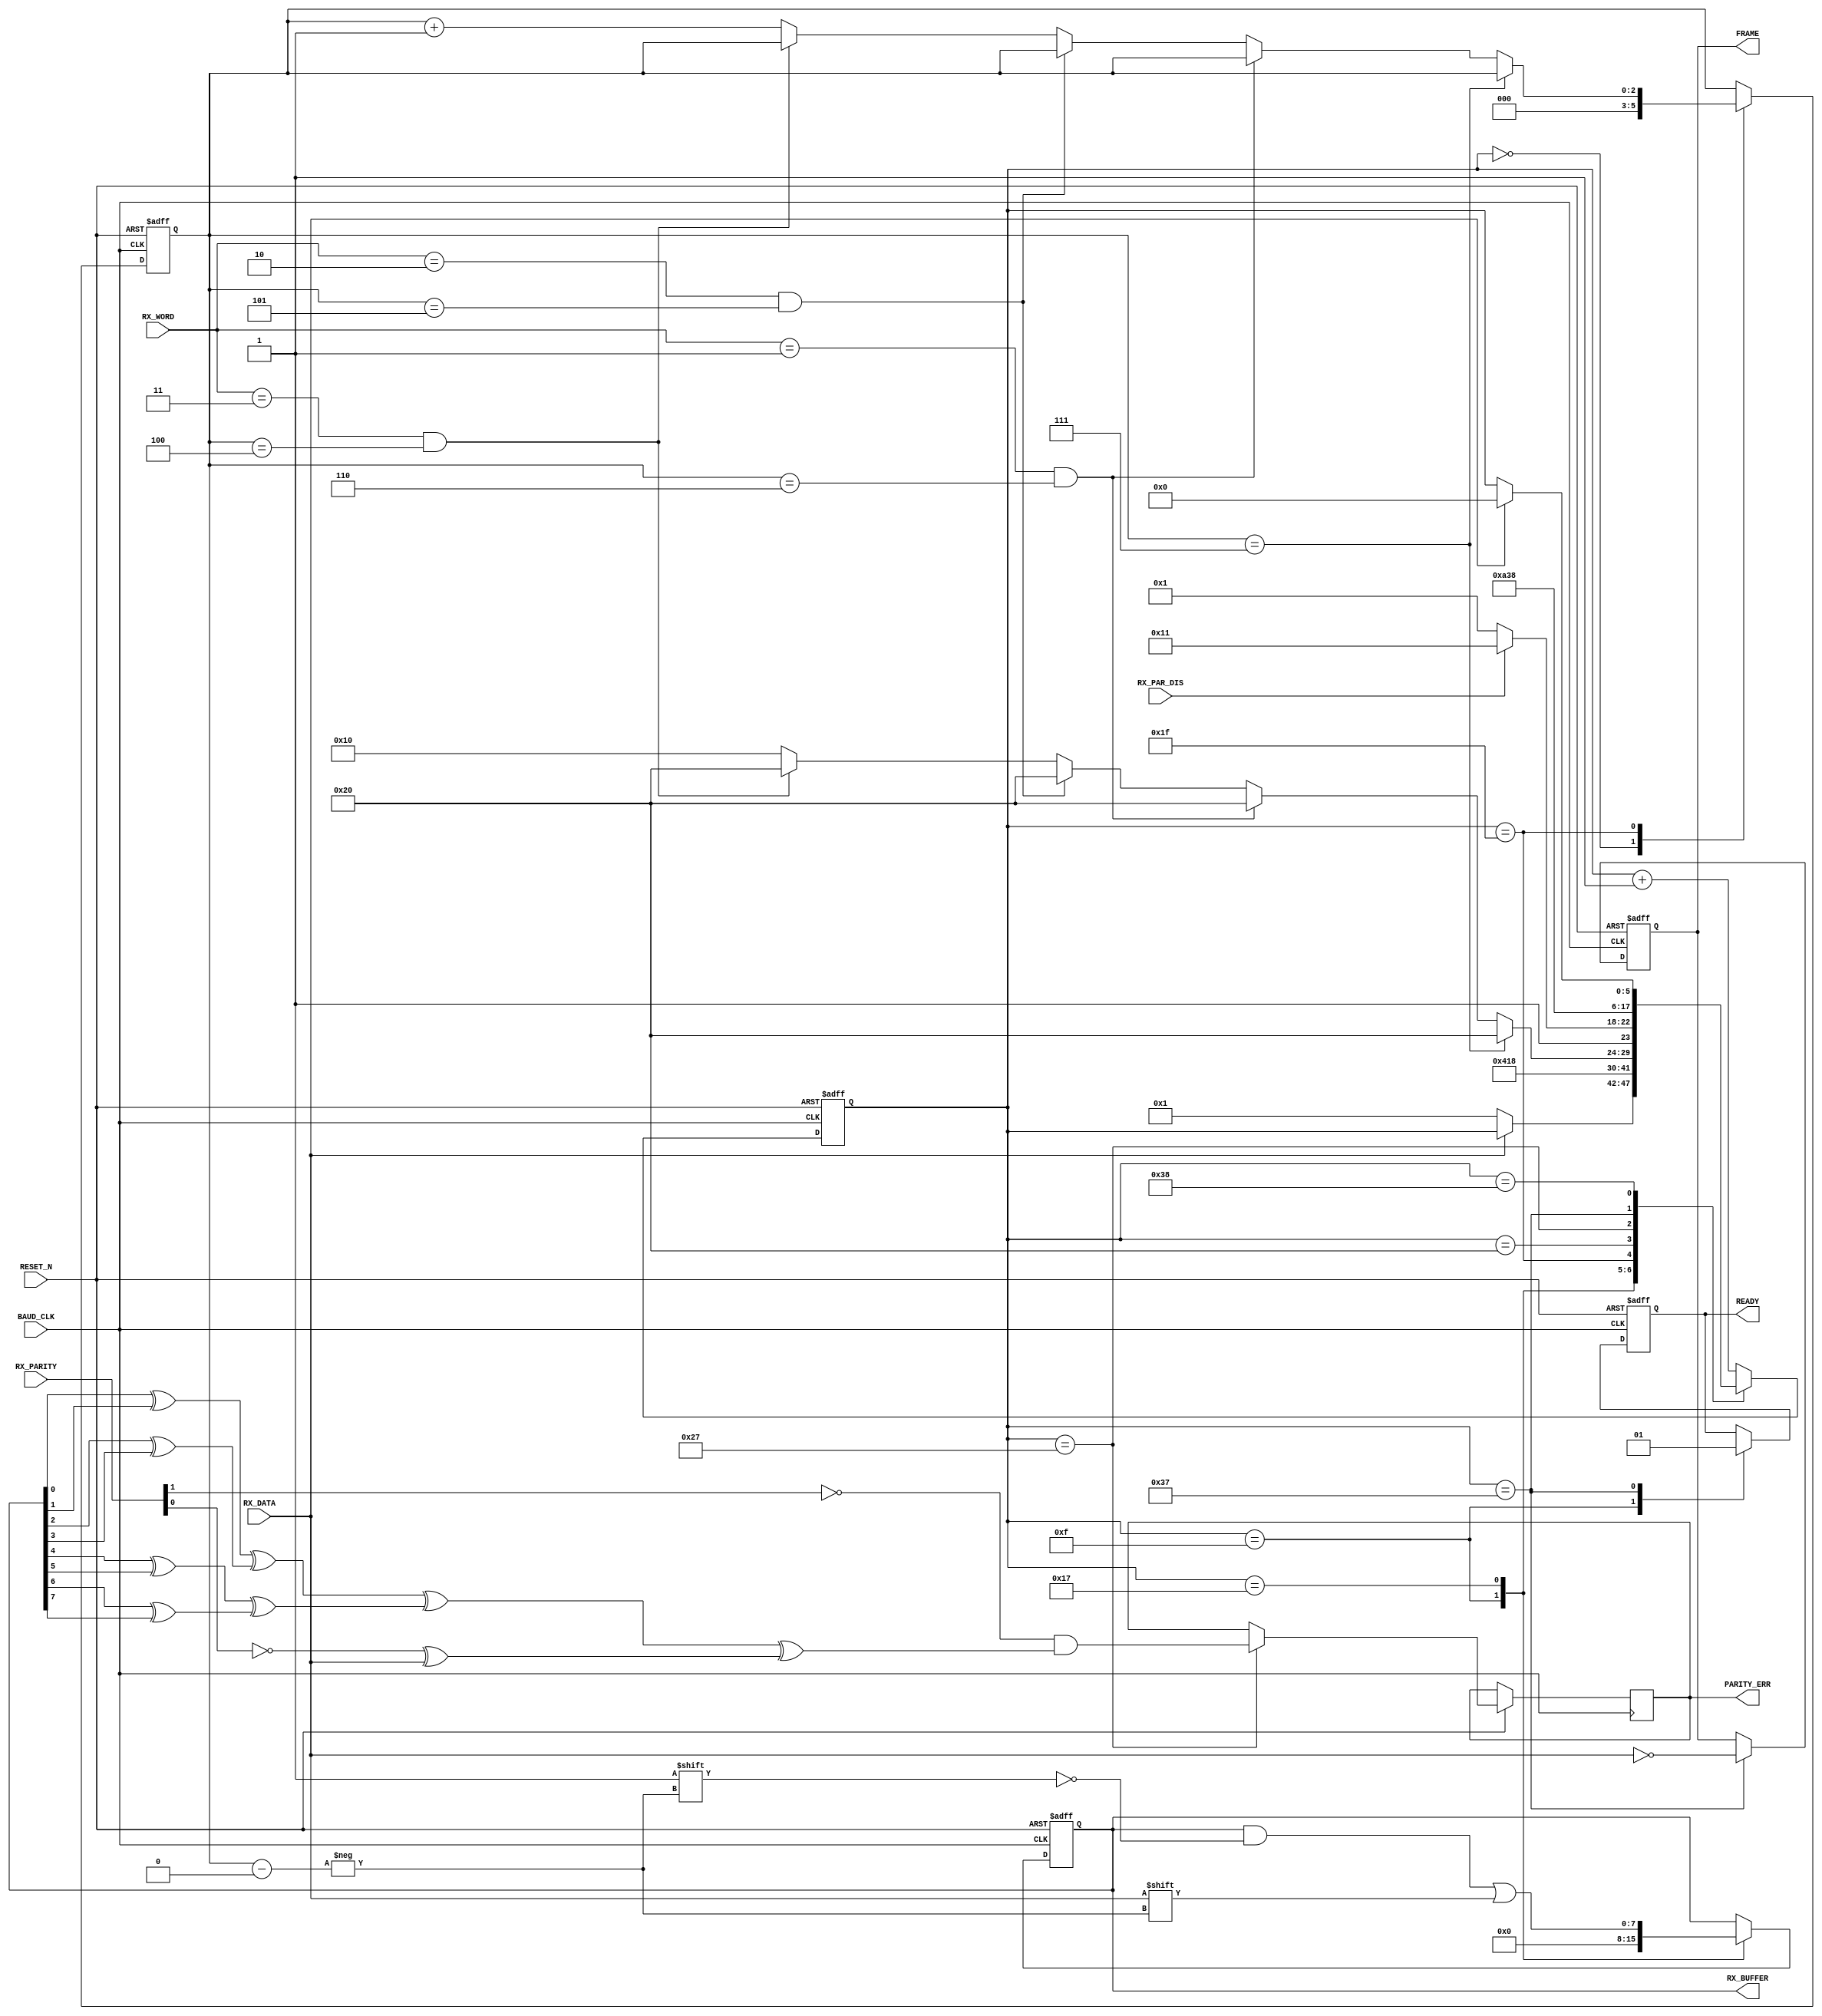
////////////////////////////////////////////////////////////////////////////////
// Project Name:	CoCo3FPGA Version 1.0
//
// CoCo3 in an FPGA
// Based on the Spartan 3 Starter board by Digilent Inc.
// with the 1000K gate upgrade
//
// Revision: 1.0 08/31/08
////////////////////////////////////////////////////////////////////////////////
//
// CPU section copyrighted by John Kent
//
////////////////////////////////////////////////////////////////////////////////
//
// Color Computer 3 compatible system on a chip
//
// Version : 1.0
//
// Copyright (c) 2008 Gary Becker (gary_l_becker@yahoo.com)
//
// All rights reserved
//
// Redistribution and use in source and synthezised forms, with or without
// modification, are permitted provided that the following conditions are met:
//
// Redistributions of source code must retain the above copyright notice,
// this list of conditions and the following disclaimer.
//
// Redistributions in synthesized form must reproduce the above copyright
// notice, this list of conditions and the following disclaimer in the
// documentation and/or other materials provided with the distribution.
//
// Neither the name of the author nor the names of other contributors may
// be used to endorse or promote products derived from this software without
// specific prior written permission.
//
// THIS SOFTWARE IS PROVIDED BY THE COPYRIGHT HOLDERS AND CONTRIBUTORS "AS IS"
// AND ANY EXPRESS OR IMPLIED WARRANTIES, INCLUDING, BUT NOT LIMITED TO,
// THE IMPLIED WARRANTIES OF MERCHANTABILITY AND FITNESS FOR A PARTICULAR
// PURPOSE ARE DISCLAIMED. IN NO EVENT SHALL THE AUTHOR OR CONTRIBUTORS BE
// LIABLE FOR ANY DIRECT, INDIRECT, INCIDENTAL, SPECIAL, EXEMPLARY, OR
// CONSEQUENTIAL DAMAGES (INCLUDING, BUT NOT LIMITED TO, PROCUREMENT OF
// SUBSTITUTE GOODS OR SERVICES; LOSS OF USE, DATA, OR PROFITS; OR BUSINESS
// INTERRUPTION) HOWEVER CAUSED AND ON ANY THEORY OF LIABILITY, WHETHER IN
// CONTRACT, STRICT LIABILITY, OR TORT (INCLUDING NEGLIGENCE OR OTHERWISE)
// ARISING IN ANY WAY OUT OF THE USE OF THIS SOFTWARE, EVEN IF ADVISED OF THE
// POSSIBILITY OF SUCH DAMAGE.
//
// Please report bugs to the author, but before you do so, please
// make sure that this is not a derivative work and that
// you have the latest version of this file.
//
// The latest version of this file can be found at:
//      http://groups.yahoo.com/group/CoCo3FPGA
//
// File history :
//
//  1.0		Full release
//
////////////////////////////////////////////////////////////////////////////////
// Gary Becker
// gary_L_becker@yahoo.com
////////////////////////////////////////////////////////////////////////////////

module uart51_rx(
RESET_N,
BAUD_CLK,
RX_DATA,
RX_BUFFER,
RX_WORD,
RX_PAR_DIS,
RX_PARITY,
PARITY_ERR,
FRAME,
READY
);
input					RESET_N;
input					BAUD_CLK;
input					RX_DATA;
output	[7:0]		RX_BUFFER;
reg		[7:0]		RX_BUFFER;
input		[1:0]		RX_WORD;
input					RX_PAR_DIS;
input		[1:0]		RX_PARITY;
output				PARITY_ERR;
reg					PARITY_ERR;
output				FRAME;
reg					FRAME;
output				READY;
reg					READY;
reg		[5:0]		STATE;
reg		[2:0]		BIT;

always @ (posedge BAUD_CLK or negedge RESET_N)
begin
	if(!RESET_N)
	begin
		RX_BUFFER <= 8'h00;
		STATE <= 6'b000000;
		FRAME <= 1'b0;
		BIT <= 3'b000;
		READY <= 1'b0;
	end
	else
	begin
		case (STATE)
		6'b000000:										// States 0-15 will be start bit
		begin
			BIT <= 3'b000;
			if(~RX_DATA)
				STATE <= 6'b000001;
		end
		6'b001111:										// End of the Start bit, clear buffer
		begin
				STATE <= 6'b010000;
				RX_BUFFER <= 8'h00;
				READY <= 1'b0;
		end
		6'b010111:										// Each data bit is states 16-31, the middle is 23
		begin
			RX_BUFFER[BIT] <= RX_DATA;
			STATE <= 6'b011000;
		end
		6'b011111:										// End of the data bits
		begin
			if(BIT == 3'b111)							// We cannot get more than 8 bits
			begin
				STATE <= 6'b100000;
			end
			else
			begin
				if((RX_WORD == 2'b01) && (BIT == 3'b110))		// 7 data bits
				begin
					STATE <= 6'b100000;
				end
				else
				begin
					if((RX_WORD == 2'b10) && (BIT == 3'b101)) 	// 6 data bits
					begin
						STATE <= 6'b100000;
					end
					else
					begin
						if((RX_WORD == 2'b11) && (BIT == 3'b100))	// 5 data bits
						begin
							STATE <= 6'b100000;
						end
						else
						begin
							BIT <= BIT + 1;
							STATE <= 6'b010000;
						end
					end
				end
			end
		end
		6'b100000:										// First tick of Stop or Parity, Parity is 32 - 47
		begin
			if(RX_PAR_DIS)
				STATE <= 6'b110001;		// get stop
			else
				STATE <= 6'b100001;		// get parity
		end
		6'b100111:										// Middle of Parity is 39
		begin
			PARITY_ERR <= ~RX_PARITY[1] &											// Get but do not check Parity if 1 is set
							 (((RX_BUFFER[0] ^ RX_BUFFER[1])
							 ^ (RX_BUFFER[2] ^ RX_BUFFER[3]))

							 ^((RX_BUFFER[4] ^ RX_BUFFER[5])
							 ^ (RX_BUFFER[6] ^ RX_BUFFER[7]))	// clear bit #8 if only 7 bits

							 ^ (~RX_PARITY[0] ^ RX_DATA));
			STATE <= 6'b101000;
		end
		6'b110111:										// first stop bit should start at 48 and ends at 63
		begin
			FRAME <= !RX_DATA;			// if data != 1 then not stop bit
			STATE <= 6'b111000;
			READY <= 1'b1;
		end

// at step 55, we have all the data needed for this transfer
// at 56 we flag we have data and the latch read data state
// machine has at least until the end of the next start bit
// to latch the data, then it will be gone. After that, the
// CPU has until 55 to read the data.

// In case of a framing error, wait until data is 1 then start over
		6'b111000:
		begin
			if(RX_DATA)
				STATE <= 6'b000000;
		end
		default: STATE <= STATE + 1;
		endcase
	end
end
endmodule